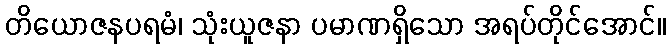
တိယောဇနပရမံ၊ သုံးယူဇနာ ပမာဏရှိသော အရပ်တိုင်အောင်။